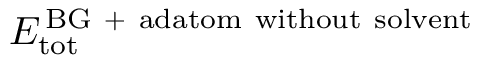
E _ { \mathrm { t o t } } ^ { \mathrm { \, B G \ + \ a d a t o m \ w i t h o u t \ s o l v e n t } }